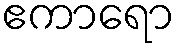
ဧကာရော